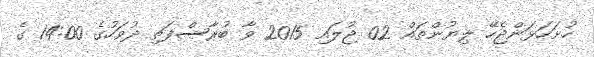
ހުށަހަޅަންޖެހޭ ލިޔުންތައް 02 ޖުލައި 2015 ވާ ބުރާސްފަތި ދުވަހުގެ 14:00 ގެ